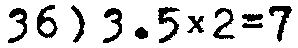
36) 3.5×2=7